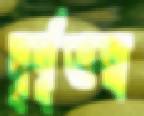
দৃর্বৃত্তরা